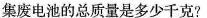
集废电池的总质量是多少千克?